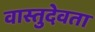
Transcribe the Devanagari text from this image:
वास्तुदेवता